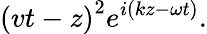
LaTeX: \left(vt-z\right)^{2}e^{i\left(kz-\omega t\right)}.